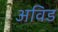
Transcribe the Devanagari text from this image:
अविड